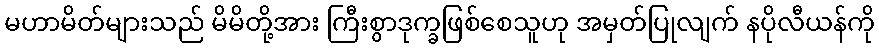
မဟာမိတ်များသည် မိမိတို့အား ကြီးစွာဒုက္ခဖြစ်စေသူဟု အမှတ်ပြုလျက် နပိုလီယန်ကို